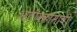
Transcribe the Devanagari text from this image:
ओतीवकामाची